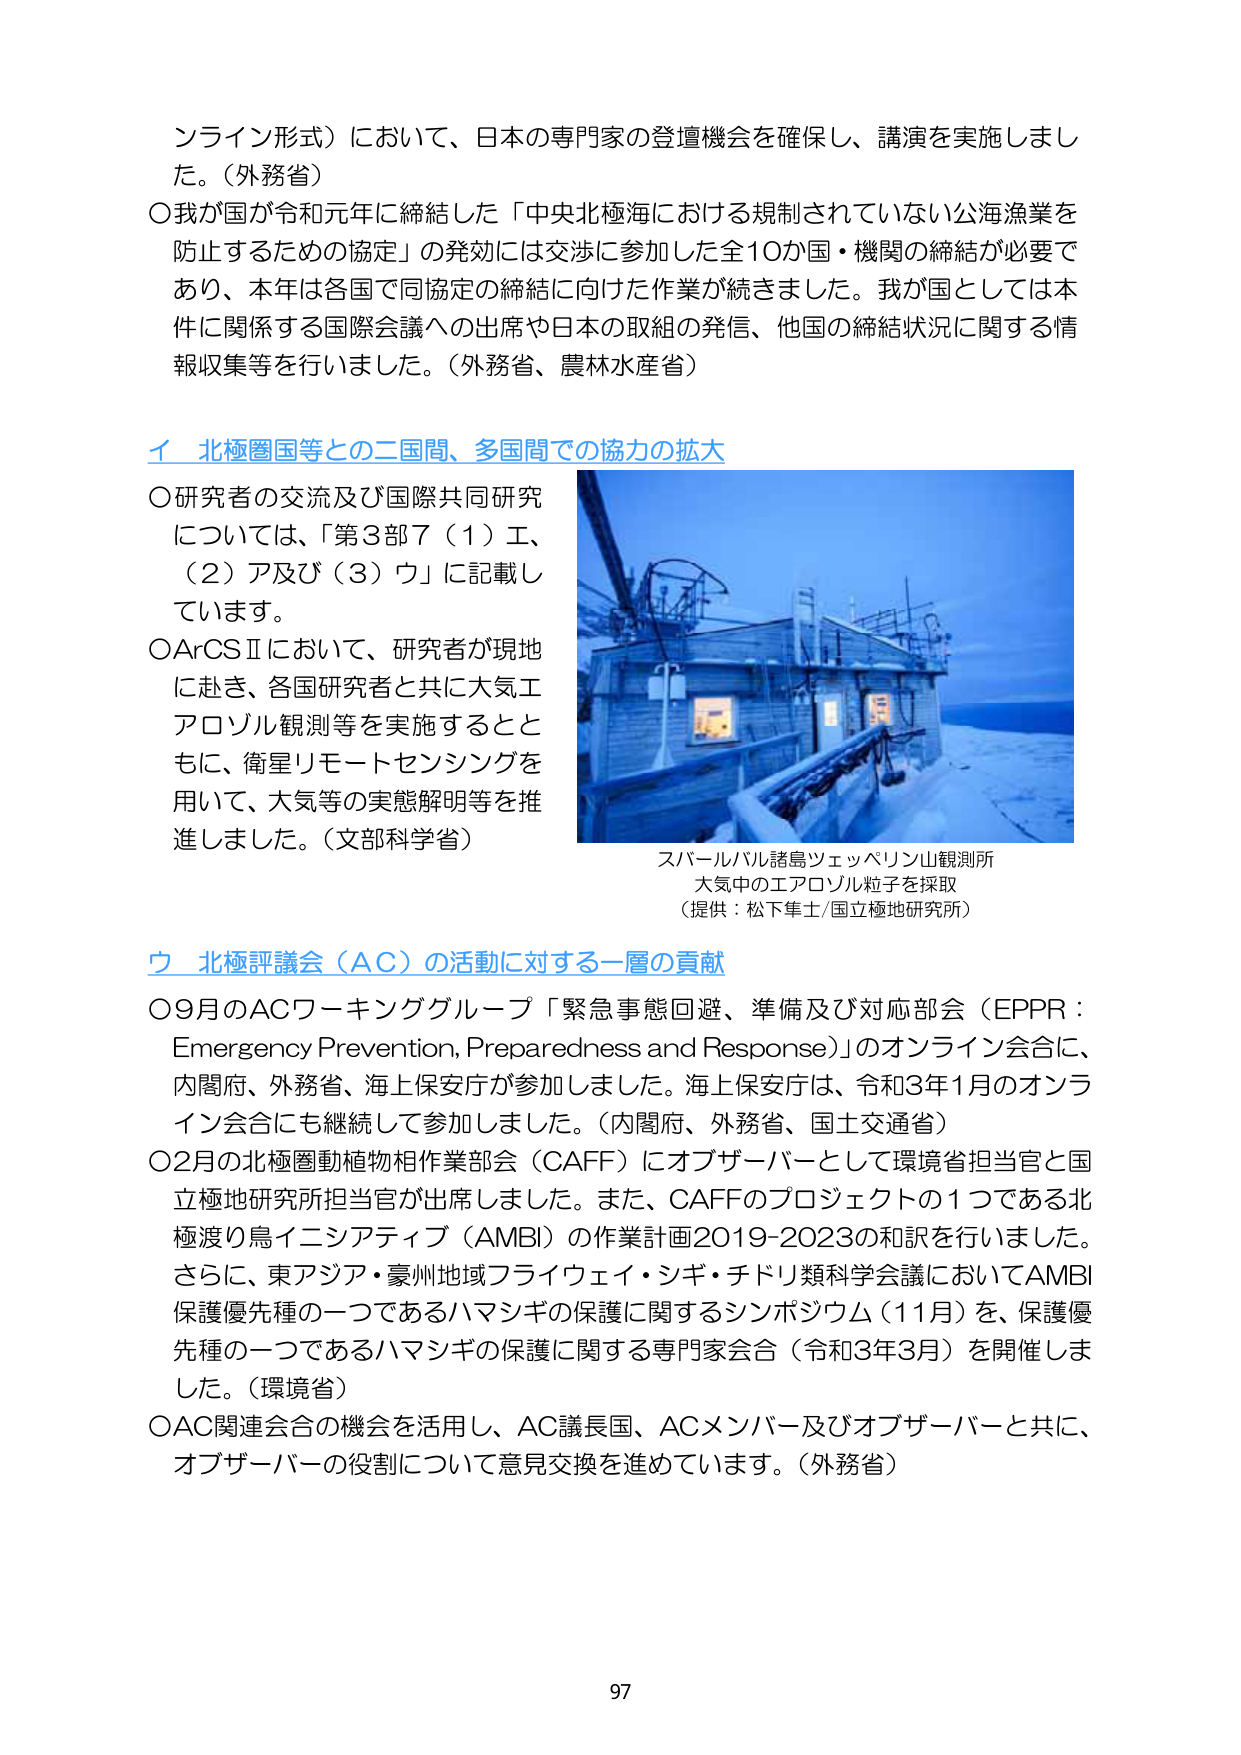
オンライン形式）において、日本の専門家の登壇機会を確保し、講演を実施しました。（外務省）
〇我が国が令和元年に締結した「中央北極海における規制されていない公海漁業を防止するための協定」の発効には交渉に参加した全10か国・機関の締結が必要であり、本年は各国で同協定の締結に向けた作業が続きました。我が国としては本件に関係する国際会議への出席や日本の取組の発信、他国の締結状況に関する情報収集等を行いました。（外務省、農林水産省）

イ 北極圏国等との二国間、多国間での協力の拡大
〇研究者の交流及び国際共同研究については、「第3部7（1）エ、（2）ア及び（3）ウ」に記載しています。
〇ArCSⅡにおいて、研究者が現地に赴き、各国研究者と共に大気エアロゾル観測等を実施するとともに、衛星リモートセンシングを用いて、大気等の実態解明等を推進しました。（文部科学省）

スパールバル諸島ツェッペリン山観測所
大気中のエアロゾル粒子を採取
（提供：松下隼士/国立極地研究所）

ウ 北極評議会（AC）の活動に対する一層の貢献
〇9月のACワーキンググループ「緊急事態回避、準備及び対応部会（EPPR：Emergency Prevention, Preparedness and Response）」のオンライン会合に、内閣府、外務省、海上保安庁が参加しました。海上保安庁は、令和3年1月のオンライン会合にも継続して参加しました。（内閣府、外務省、国土交通省）
〇2月の北極圏動植物相作業部会（CAFF）にオブザーバーとして環境省担当官と国立極地研究所担当官が出席しました。また、CAFFのプロジェクトの1つである北極渡り鳥イニシアティブ（AMBI）の作業計画2019-2023の和訳を行いました。さらに、東アジア・豪州地域フライウェイ・シギ・チドリ類科学会議においてAMBI保護優先種の一つであるハマシギの保護に関するシンポジウム（11月）を、保護優先種の一つであるハマシギの保護に関する専門家会合（令和3年3月）を開催しました。（環境省）
〇AC関連会合の機会を活用し、AC議長国、ACメンバー及びオブザーバーと共に、オブザーバーの役割について意見交換を進めています。（外務省）

97